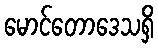
မောင်တောဒေသရှိ